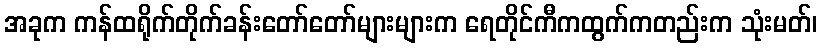
အခုက ကန်ထရိုက်တိုက်ခန်းတော်တော်များများက ရေတိုင်ကီကထွက်ကတည်းက သုံးမတ်၊